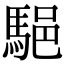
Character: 䣖